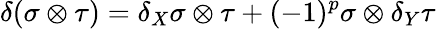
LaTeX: \delta(\sigma\otimes\tau)=\delta_{X}\sigma\otimes\tau+(-1)^{p}\sigma\otimes\delta_{Y}\tau